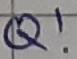
Text: Q!